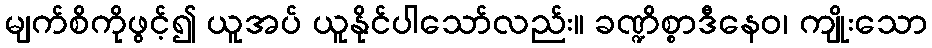
မျက်စိကိုဖွင့်၍ ယူအပ် ယူနိုင်ပါသော်လည်း။ ခဏ္ဍိစ္စာဒီနေဝ၊ ကျိုးသော